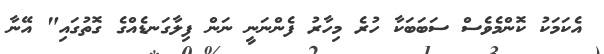
އެކަމަކު ކޮންމެވެސް ސަބަބަކާ ހުރެ މިހާރު ފެންނަނީ ނަން ފިލާގަނޑެއްގެ ގޮތުގައި" އޭނާ